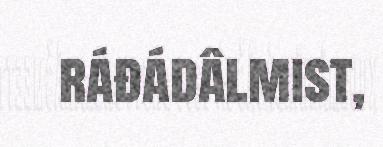
ráđádâlmist,